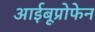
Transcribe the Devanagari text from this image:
आईबूप्रोफेन